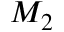
M _ { 2 }